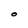
Character: O